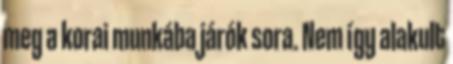
meg a korai munkába járók sora. Nem így alakult